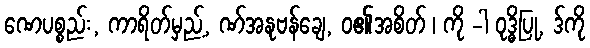
ဏေပစ္စည်း, ကာရိတ်မှည့်, ဏ်အနုဗန်ချေ, ဝ၏အစိတ် ၊ ကို -ါ ဝုဒ္ဓိပြု, ဒ်ကို